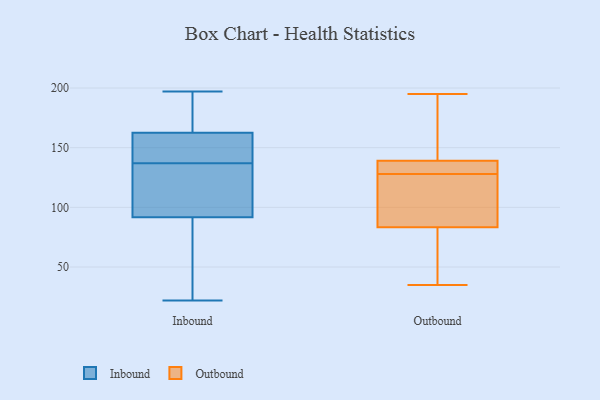
{"axis": {"x": "Active Users", "y": "Value"}, "legend": ["Inbound", "Outbound"], "data": [{"x": "", "y": 137, "type": "Inbound"}, {"x": "", "y": 149, "type": "Inbound"}, {"x": "", "y": 127, "type": "Inbound"}, {"x": "", "y": 74, "type": "Inbound"}, {"x": "", "y": 22, "type": "Inbound"}, {"x": "", "y": 154, "type": "Inbound"}, {"x": "", "y": 183, "type": "Inbound"}, {"x": "", "y": 160, "type": "Inbound"}, {"x": "", "y": 195, "type": "Inbound"}, {"x": "", "y": 76, "type": "Inbound"}, {"x": "", "y": 94, "type": "Inbound"}, {"x": "", "y": 85, "type": "Inbound"}, {"x": "", "y": 197, "type": "Inbound"}, {"x": "", "y": 108, "type": "Inbound"}, {"x": "", "y": 94, "type": "Inbound"}, {"x": "", "y": 170, "type": "Inbound"}, {"x": "", "y": 140, "type": "Inbound"}, {"x": "", "y": 195, "type": "Outbound"}, {"x": "", "y": 191, "type": "Outbound"}, {"x": "", "y": 121, "type": "Outbound"}, {"x": "", "y": 172, "type": "Outbound"}, {"x": "", "y": 128, "type": "Outbound"}, {"x": "", "y": 82, "type": "Outbound"}, {"x": "", "y": 35, "type": "Outbound"}, {"x": "", "y": 130, "type": "Outbound"}, {"x": "", "y": 130, "type": "Outbound"}, {"x": "", "y": 103, "type": "Outbound"}, {"x": "", "y": 87, "type": "Outbound"}, {"x": "", "y": 142, "type": "Outbound"}, {"x": "", "y": 41, "type": "Outbound"}, {"x": "", "y": 37, "type": "Outbound"}, {"x": "", "y": 130, "type": "Outbound"}]}